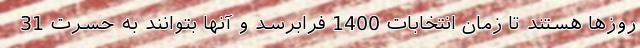
روزها هستند تا زمان انتخابات 1400 فرابرسد و آنها بتوانند به حسرت 31